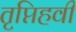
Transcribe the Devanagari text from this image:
तृप्तिहवी